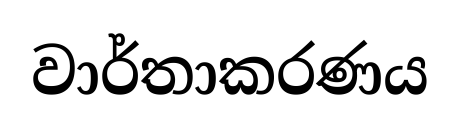
වාර්තාකරණය